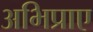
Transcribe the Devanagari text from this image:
अभिप्राए